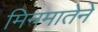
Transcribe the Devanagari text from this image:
मिनमातेने